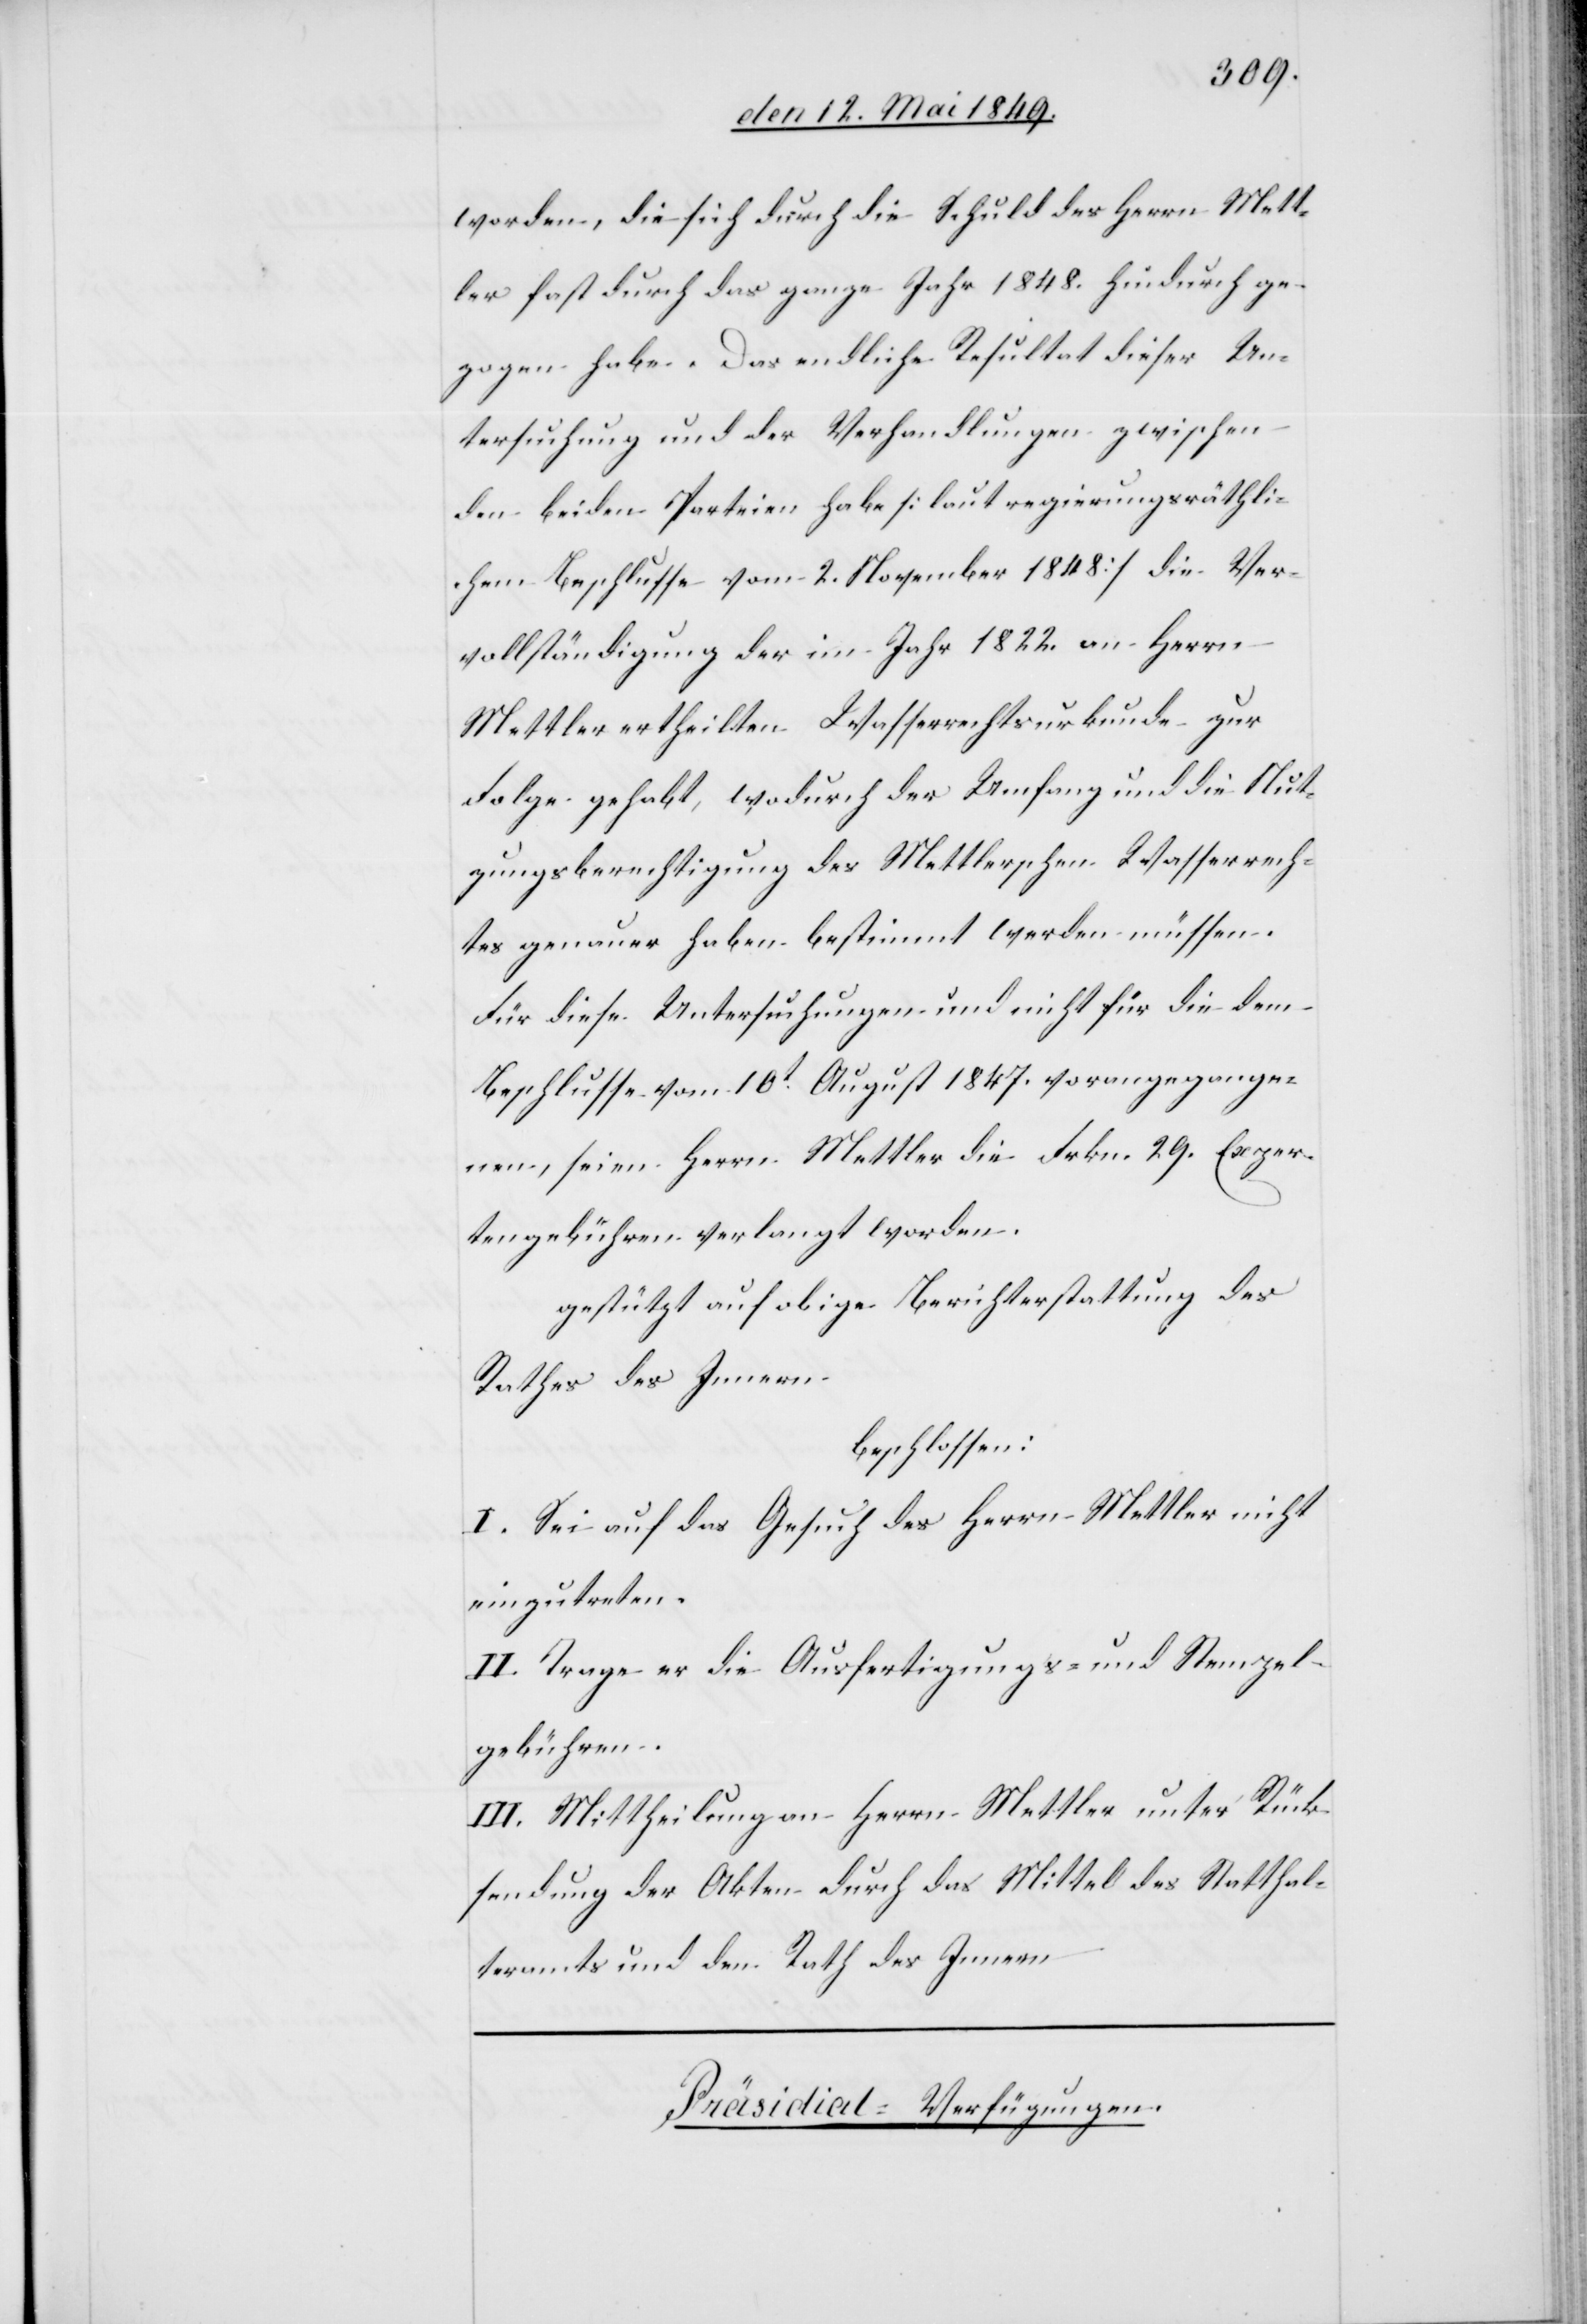
worden, die sich durch die Schuld des Herrn Mett¬
ler fast durch das ganze Jahr 1848. hindurch ge¬
zogen habe. Das endliche Resultat dieser Un¬
tersuchung und der Verhandlungen zwischen
den beiden Parteien habe [laut regierungsräthli¬
chem Beschlusse vom 2. November 1848] die Ver¬
vollständigung der im Jahr 1822. an Herrn
Mettler ertheilten Wasserrechtsurkunde zur
Folge gehabt, wodurch der Umfang und die Nut¬
zungsberechtigung des Mettlerschen Wasserrech¬
tes genauer haben bestimmt werden müssen.
Für diese Untersuchungen und nicht für die dem
Beschlusse vom 10t August 1847. vorangegange¬
nen, seien Herrn Mettler die Frkn. 29. Exper¬
tengebühren verlangt worden.
gestützt auf obige Berichterstattung des
Rathes des Innern
beschlossen:
I. Sei auf das Gesuch des Herrn Mettler nicht
einzutreten.
II. Trage der die Ausfertigungs- und Stempel¬
gebühren.
III. Mittheilungen an Herrn Mettler unter Rück¬
sendung der Akten durch das Mittel des Statthal¬
teramts und den Rath des Innern.
Präsidial-Verfügungen.